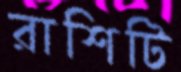
রাশিটি